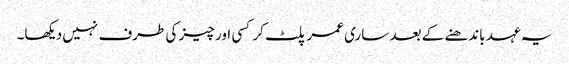
یہ عہد باندھنے کے بعد ساری عمر پلٹ کر کسی اور چیز کی طرف نہیں دیکھا۔